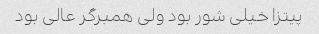
پیتزا خیلی شور بود ولی همبرگر عالی بود